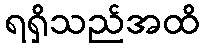
ရရှိသည်အထိ